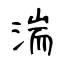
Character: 湍